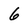
Character: 6